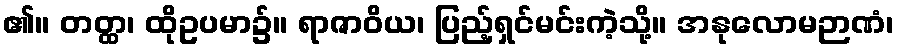
၏။ တတ္ထ၊ ထိုဥပမာ၌။ ရာဇာဝိယ၊ ပြည့်ရှင်မင်းကဲ့သို့။ အနုလောမဉာဏံ၊